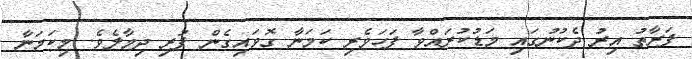
ފަރާތު އިރު ދެކުނުގައި މަޑުކުރައްވާ ފަހަވެރި ކަމަނާ ގޮވައިގެން ފުރި ދިމާލެވެ. މިކަމަނާ